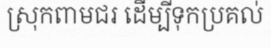
ស្រុកពាមជរ ដើម្បីទុកប្រគល់